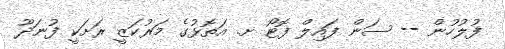
ފުލުހުން -- ސަން ފައިލް ފޮޓޯ ށ. އަތޮޅުގެ މަރުކަޒީ ރަށަކީ ފުނަދޫ